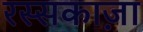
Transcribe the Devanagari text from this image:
रस्सकाज़ा